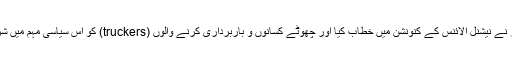
1983ء میں میتھیوز نے نیشنل الائنس کے کنونشن میں خطاب کیا اور چھوٹے کسانوں و باربرداری کرنے والوں (truckers) کو اس سیاسی مہم میں شرکت کی دعوت دی ۔